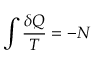
\int { \frac { \delta Q } { T } } = - N